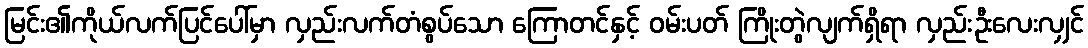
မြင်း၏ကိုယ်လက်ပြင်ပေါ်မှာ လှည်းလက်တံစွပ်သော ကြောတင်နှင့် ဝမ်းပတ် ကြိုးတွဲလျက်ရှိရာ လှည်းဦးလေးလျှင်